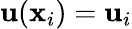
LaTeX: \mathbf{u}(\mathbf{x}_{i})=\mathbf{u}_{i}